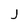
Character: j